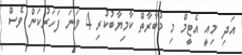
އަދި މިއީ އެޓީމް މި މުބާރާތް ކާމިޔާބުކުރި 4 ވަނަ ފަހަރުކަން ވެސް